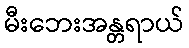
မီးဘေးအန္တရာယ်